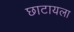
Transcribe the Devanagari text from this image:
छाटायला